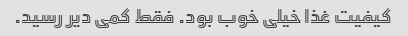
کیفیت غذا خیلی خوب بود. فقط کمی دیر رسید.